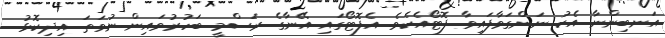
އަނބިންނާ އެކު ނަންގަވާފައިވާ ފޮޓޯއެކެވެ. އެފޮޓޯގައި އޭނާގެ ރަސްމީ ބަހުރުވައިން ނުވަތަ އިދިކޮޅު